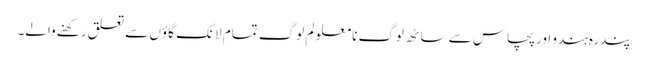
پندرہ ہندو اور پچاس سے ساٹھ لوگ نامعلو لم لوگ تمام لانک گاؤں سے تعلق رکھنے والے۔